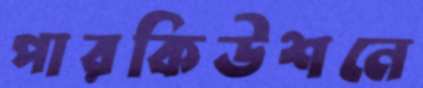
পারকিউশনে